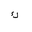
Letter: _kaf